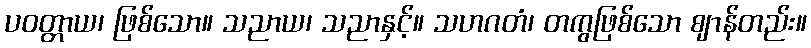
ပဝတ္တာယ၊ ဖြစ်သော။ သညာယ၊ သညာနှင့်။ သဟဂတံ၊ တကွဖြစ်သော ဈာန်တည်း။